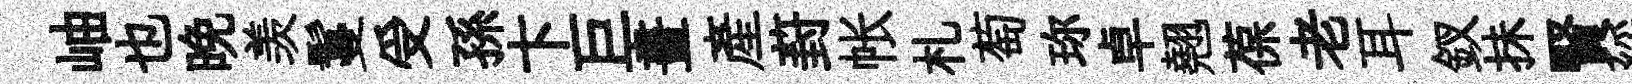
岫也晚羡鬘受孫卞巨畫產葑帐札萄珎卓翹葆老耳釵抺賢綏